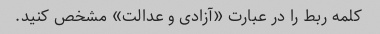
کلمه ربط را در عبارت «آزادی و عدالت» مشخص کنید.